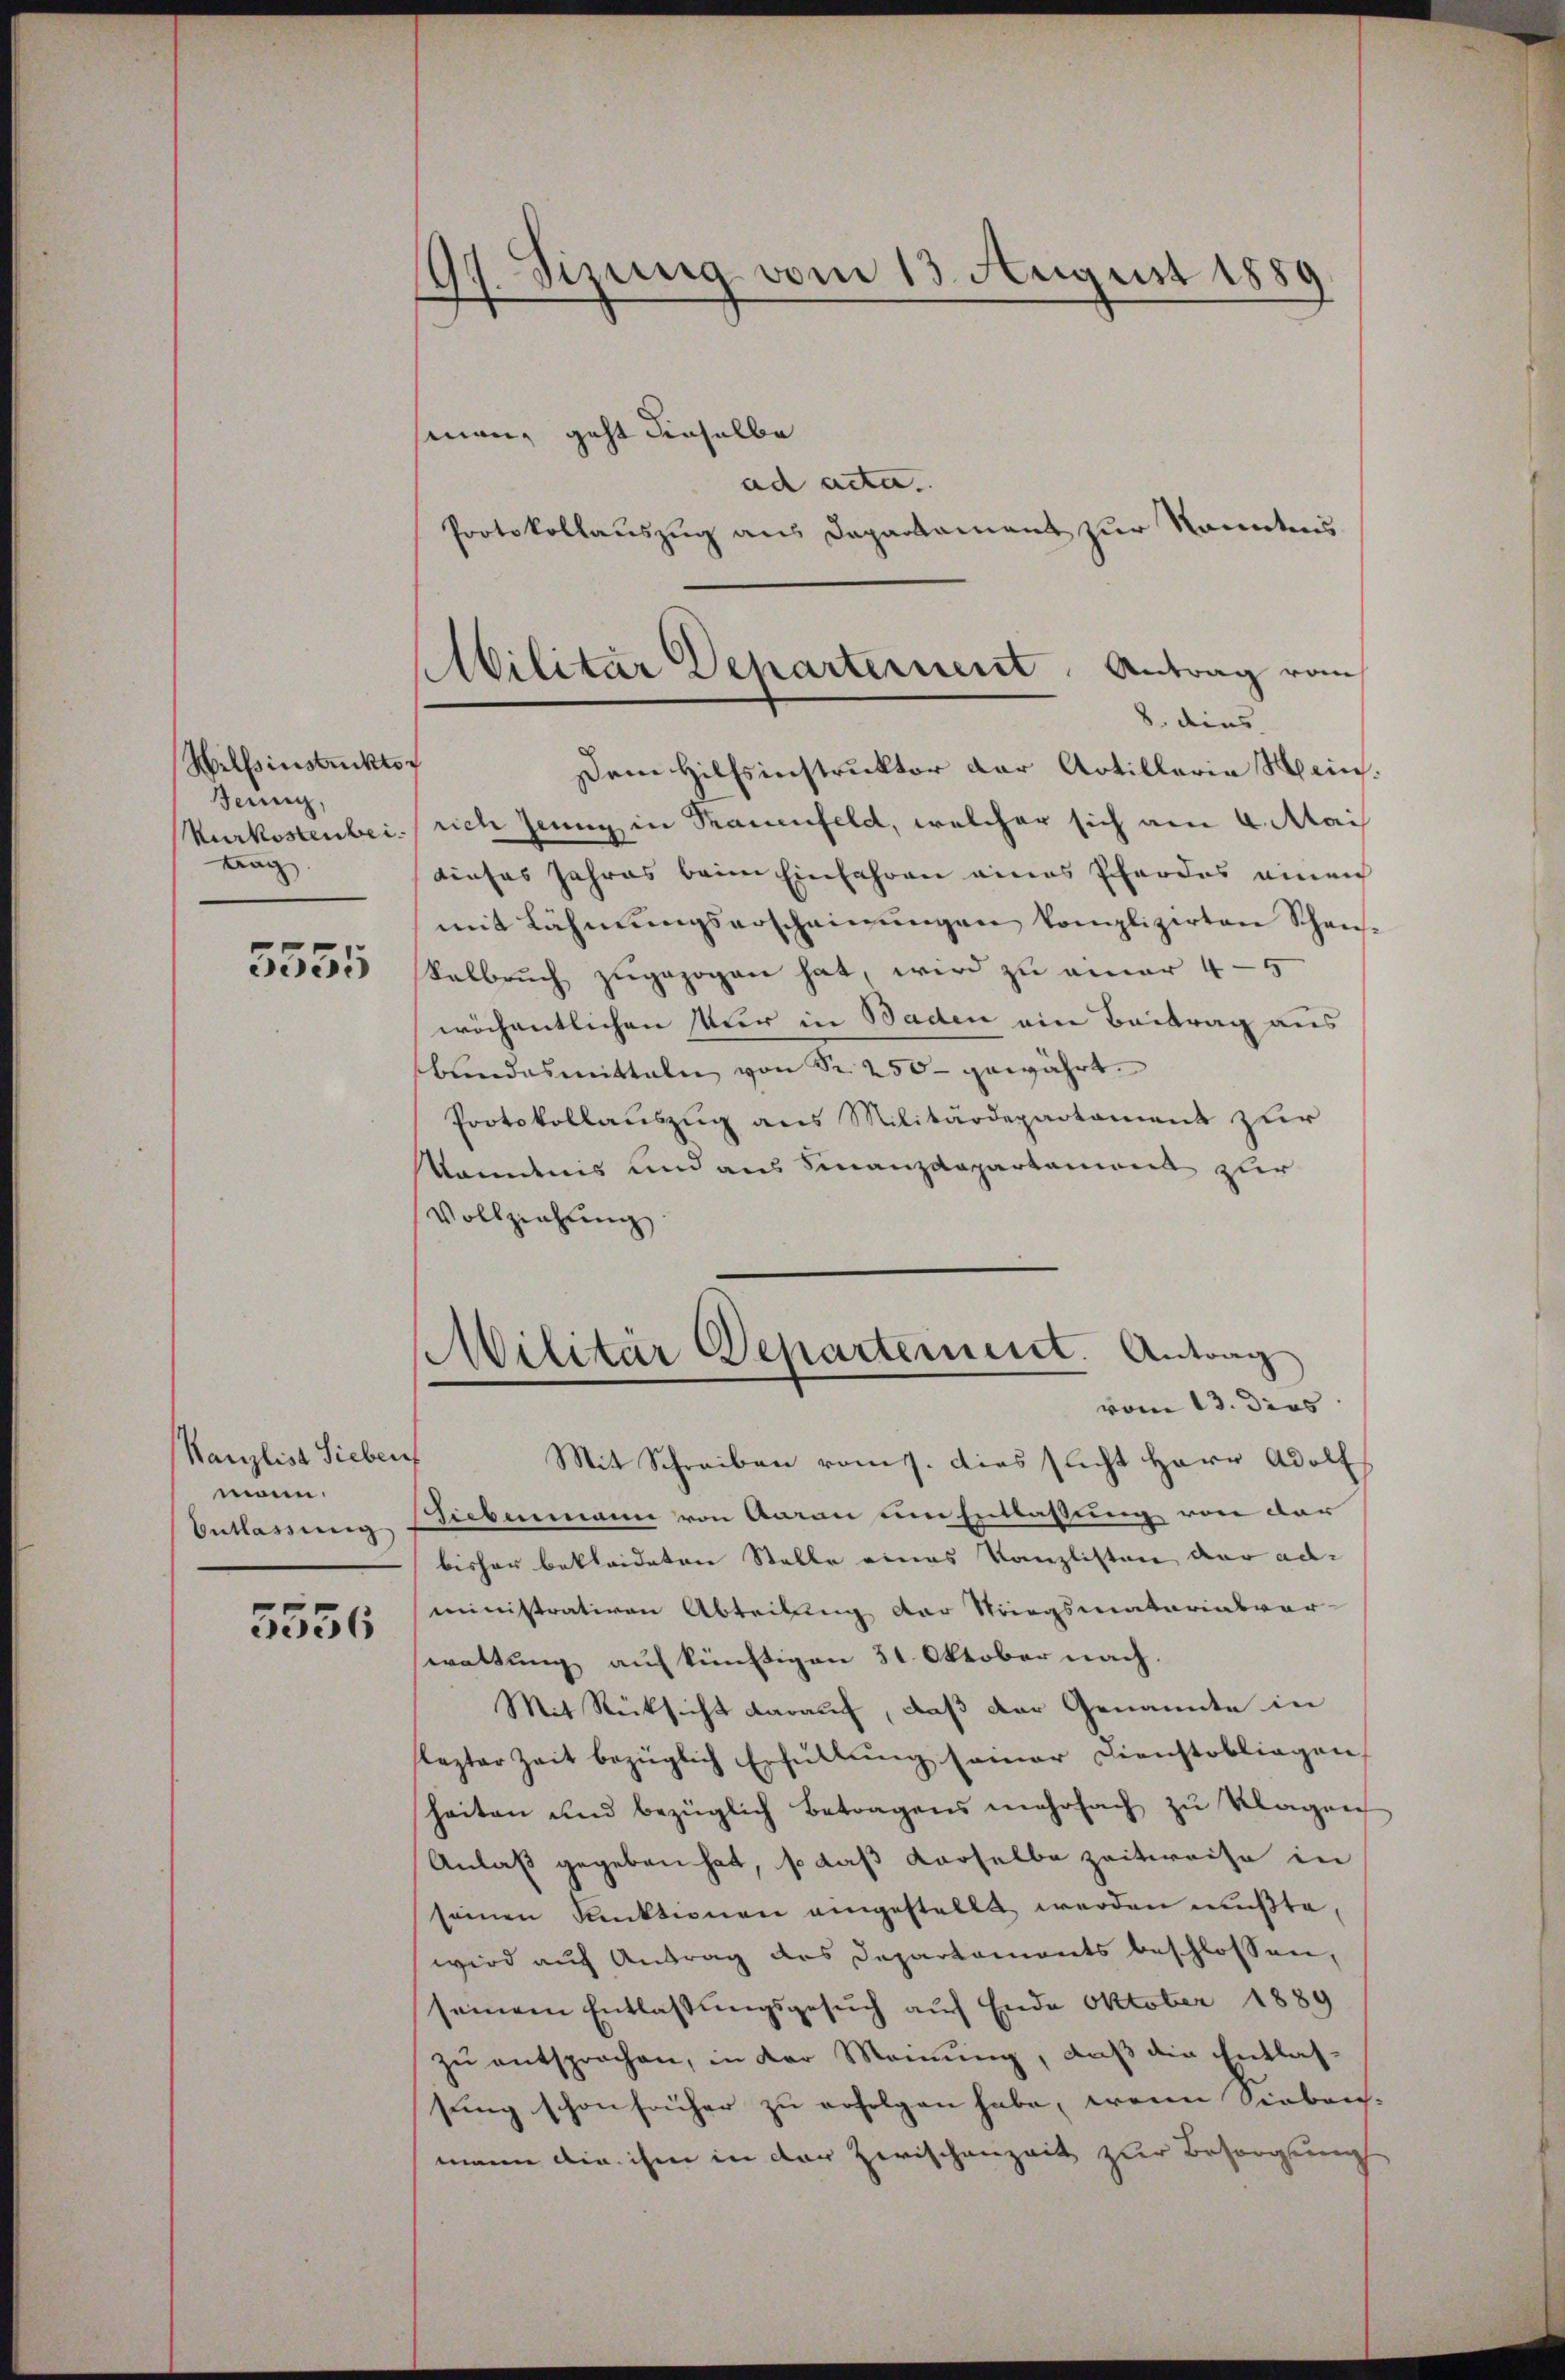
Hilfsinstruktor
Jennig,
Kurkostenbei
trag
5555

Kanzlist Sieben
man.
Entlassung

5556

99. Sizung vom 13. August 1889

Militar Departernent. Antrag vom
8. dies

sinen, geht dieselbe
ad acta.
Protokollauszug aus Departament zur kanntens
Dem Hilfsinstruktor der Artillerie Mein.
rich Genug in Trauenfeld, welcher sich am 4. Mai
dieses Jahres beim Einfahren eines Pferdes einen
mit Lähmungserscheinungen komplizirten Schen-
kalbrŭch zugezogen hat, wird zu amar 4-5
wöchentlichen Nur in Baden ein Beitrag aus
bundesmitteln von Sr. 250 gewährt.
Protokollauszug aus Militärdepartament zur
kandnis und aus Finanzdepartement zur
Vollziehung
Militär Departement. Antrag
vom 13. dies
Mit Schreiben vom 1. dies sucht Herr Adolf
Siebenmann von Aarau um Entlassung von der
bisher bekleideten Stelle eines Kanzlisten der ad
ministrativen Abteilung der Striegsmatorialvor-
waltung auf künftigen 31. Oktober nach.
Mit Rücksicht darauf, daß der Genannte in
lezter Zeit bezüglich Erfüllŭng seiner Dienstobliegen
heiten und bezüglich betragens mehrfach zu Klagen
Anlaß gegeben hat, so daß derselbe Zeitweise in
seinen Punktionen angestellt werden mußte,
wird auf Antrag des Departaments beschlossen,
seinem Entlaßungsgesŭch auf Ende Oktober 1889
zu entsprochen, in der Meinung, daß die Entlassung schon früher zu erfolgen habe, wenn Sieben-
mann die ihm in der Zwischenzeit zur Besorgung